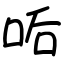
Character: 㖃